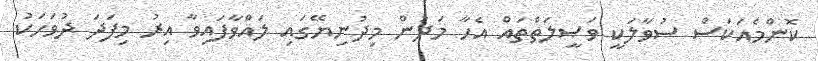
ކޮންމެއަކަސް ސުވާލަކީ ވަޞީލަތްތައް އެހާ މަދުން މިދުނިޔޭގައި ލައްވާފައިވާ އިރު މިފަދަ ދުވަހަކު